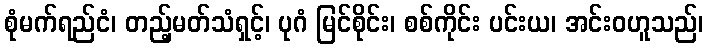
စုံမက်ရည်ငံ၊ တည့်မတ်သံရှင့်၊ ပုဂံ မြင်စိုင်း၊ စစ်ကိုင်း ပင်းယ၊ အင်းဝဟူသည်၊